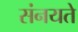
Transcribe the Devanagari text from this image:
संनयते